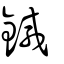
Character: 鍼